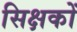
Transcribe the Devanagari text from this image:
सिक्षकों